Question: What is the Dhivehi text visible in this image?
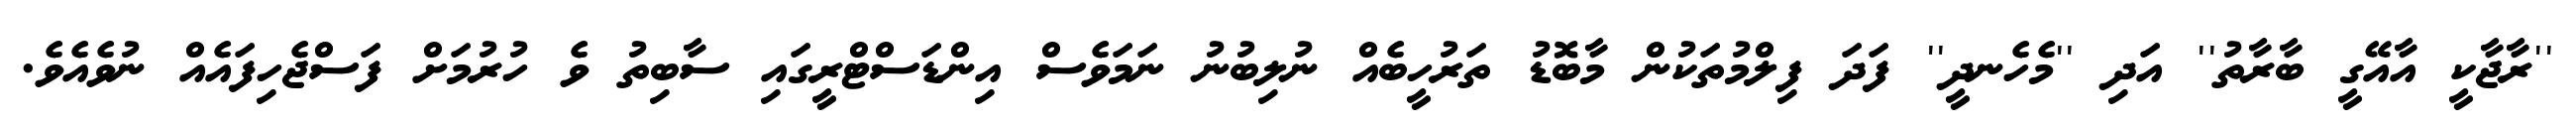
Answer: ''ރާޖާކީ އާއޭގީ ބާރާތު'' އަދި ''މެހެނދީ'' ފަދަ ފިލްމުތަކުން މާބޮޑު ތަރުހީބެއް ނުލިބުނު ނަމަވެސް އިންޑަސްޓްރީގައި ސާބިތު ވެ ހުރުމަށް ފަސްޖެހިފައެއް ނުވެއެވެ.